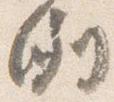
例